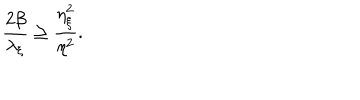
LaTeX: \frac { 2 \beta } { \lambda _ { \xi } } \geq \frac { \eta _ { \xi } ^ { 2 } } { \eta ^ { 2 } } .